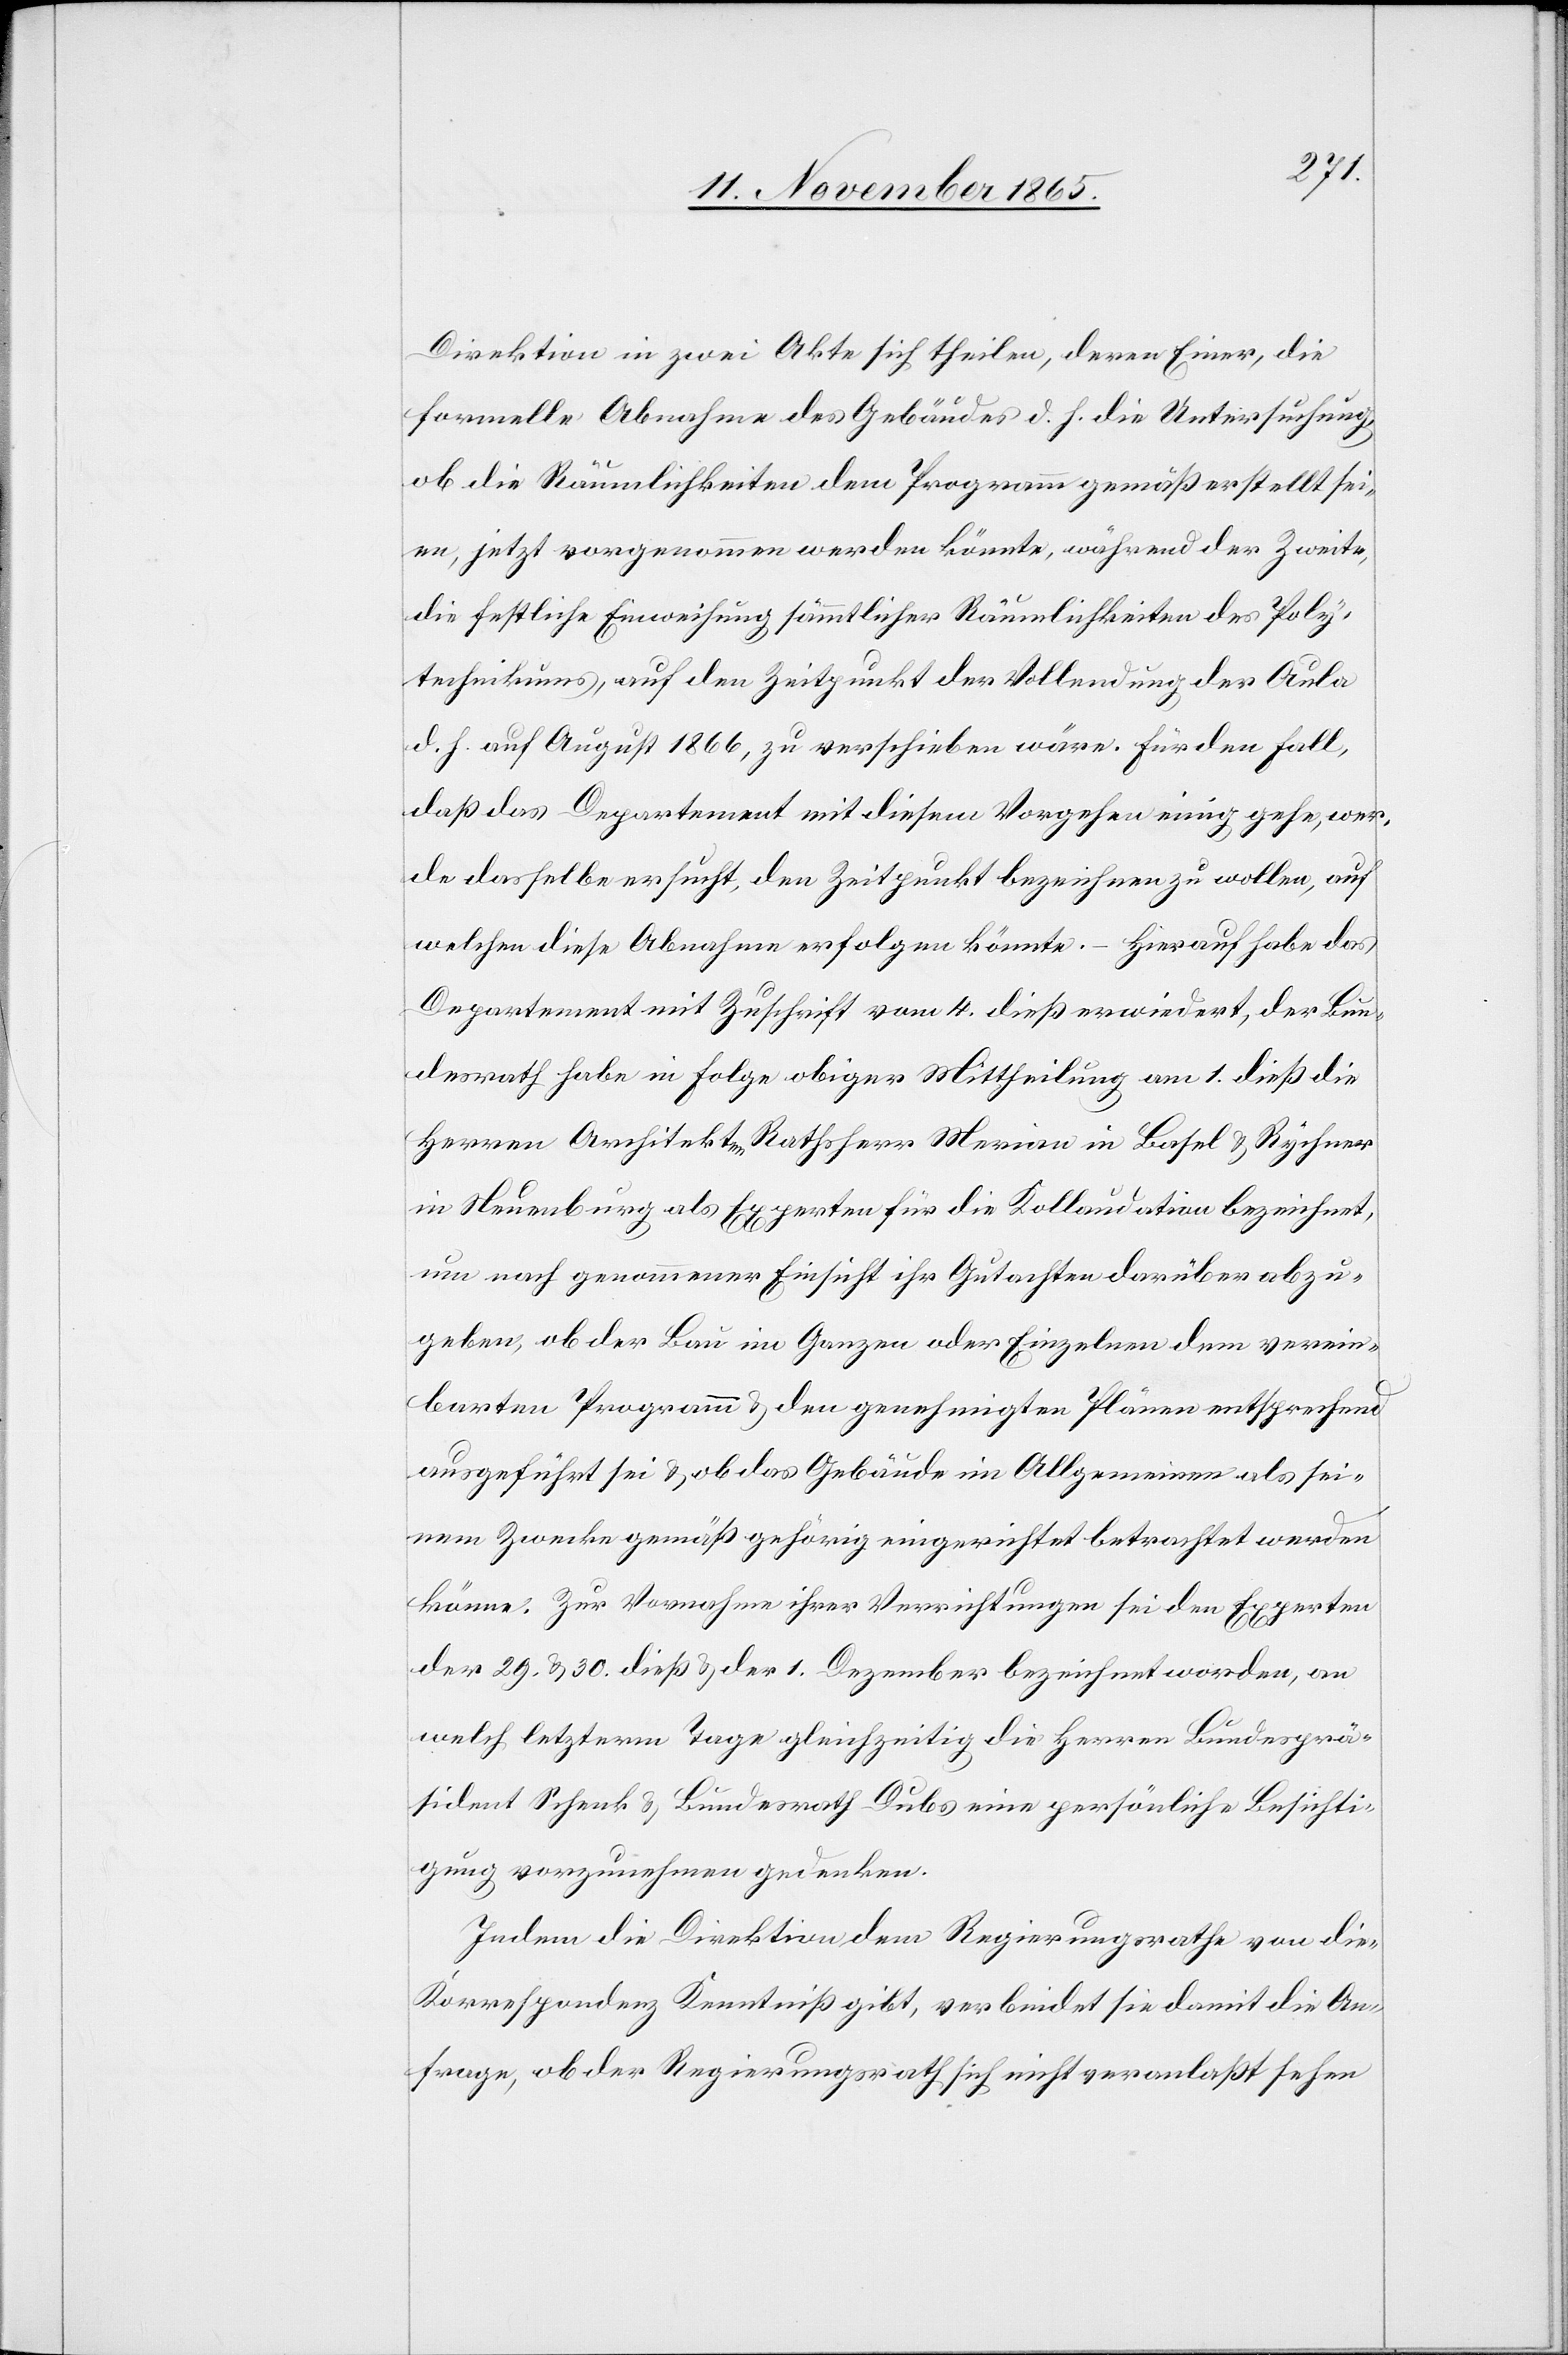
Direktion in zwei Akte sich theilen, deren Einer, die
formelle Abnahme des Gebäudes d. h. die Untersuchung,
ob die Räumlichkeiten dem Programm gemäß erstellt sei¬
en, jetzt vorgenommen werden könnte, während der Zweite,
die festliche Einweihung sämmtlicher Räumlichkeiten des Poly¬
technikums, auf den Zeitpunkt der Vollendung der Aula
d. h. auf August 1866, zu verschieben wäre. Für den Fall,
daß das Departement mit diesem Vorgehen einig gehe, wer¬
de dasselbe ersucht, den Zeitpunkt bezeichnen zu wollen, auf
welche diese Abnahme erfolgen könne. – Hierauf habe das
Departement mit Zuschrift vom 4 dieß erwiedert, der Bun¬
desrath habe in Folge obiger Mittheilung am 1. dieß die
Herren Architekten Rathsherr Merian in Basel & Rychner
in Neuenburg als Experten für die Kollaudation bezeichnet,
um nach genommener Einsicht ihr Gutachten darüber abzu¬
geben, ob der Bau im Ganzen oder Einzelnen dem verein¬
barten Programm & den genehmigten Plänen entsprechend
ausgeführt sei & ob das Gebäude im Allgemeinen als sei¬
nem Zwecke gemäß gehörig eingerichtet betrachtet werden
könne. Zur Vornahme ihrer Verrichtungen sei den Experten
der 29. & 30. dieß & der 1. Dezember bezeichnet worden, an
welch letzterm Tage gleichzeitig die Herren Bundesprä¬
sident Schenk & Bundesrath Dubs eine persönliche Besichti¬
gung vorzunehmen gedenken.
Indem die Direktion dem Regierungsrathe von dieser
Korrespondenz Kenntniß gibt, verbindet sie damit die An¬
frage, ob der Regierungsrath sich nicht veranlaßt sehen